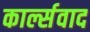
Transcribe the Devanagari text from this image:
कार्ल्सवाद